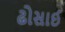
ઢોસાઈ